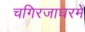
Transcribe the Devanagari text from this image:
चगिरजाघरमें